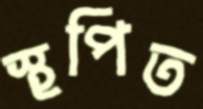
স্থপিত